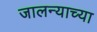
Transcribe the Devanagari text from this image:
जालन्याच्या